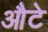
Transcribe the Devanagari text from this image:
औटे